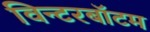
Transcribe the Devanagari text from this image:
विन्टरबॉटम